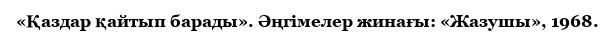
«Қаздар қайтып барады». Әңгімелер жинағы: «Жазушы», 1968.